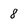
Character: 8